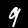
Digit: 9